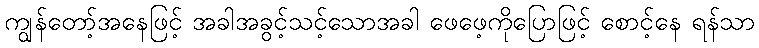
ကျွန်တော့်အနေဖြင့် အခါအခွင့်သင့်သောအခါ ဖေဖေ့ကိုပြောဖြင့် စောင့်နေ ရန်သာ